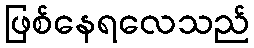
ဖြစ်နေရလေသည်